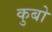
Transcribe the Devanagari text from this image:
कुबो